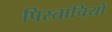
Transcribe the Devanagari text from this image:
पिस्ताचियो